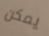
يمكن